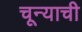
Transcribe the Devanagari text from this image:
चून्याची